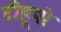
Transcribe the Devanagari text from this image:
टीहूपो